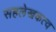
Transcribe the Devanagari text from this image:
सहलेखकत्व